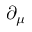
\partial _ { \mu }